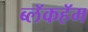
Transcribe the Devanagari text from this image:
ब्लॅकहॅम